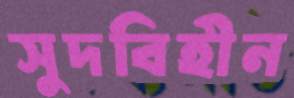
সুদবিহীন